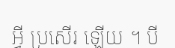
អ្វី ប្រសើរ ឡើយ ។ បី